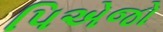
પિએજો